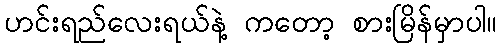
ဟင်းရည်လေးရယ်နဲ့ ကတော့ စားမြိန်မှာပါ။